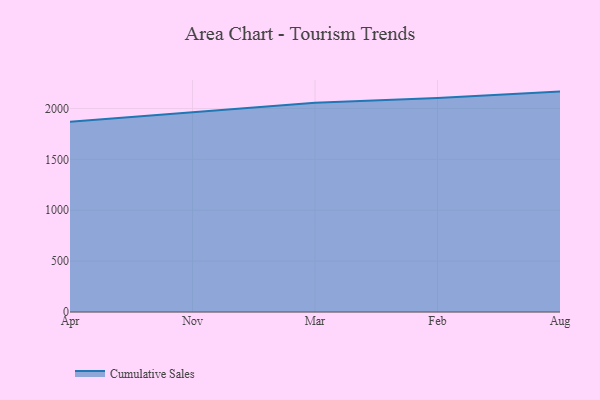
{"axis": {"x": "Month", "y": "LTV (USD)"}, "legend": ["Cumulative Sales"], "data": [{"x": "Apr", "y": 1868.3, "type": "Cumulative Sales"}, {"x": "Nov", "y": 1963.4, "type": "Cumulative Sales"}, {"x": "Mar", "y": 2056.5, "type": "Cumulative Sales"}, {"x": "Feb", "y": 2101.7, "type": "Cumulative Sales"}, {"x": "Aug", "y": 2165.8, "type": "Cumulative Sales"}]}